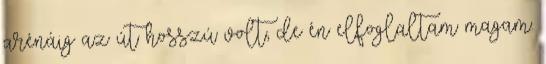
arénáig az út hosszú volt, de én elfoglaltam magam.